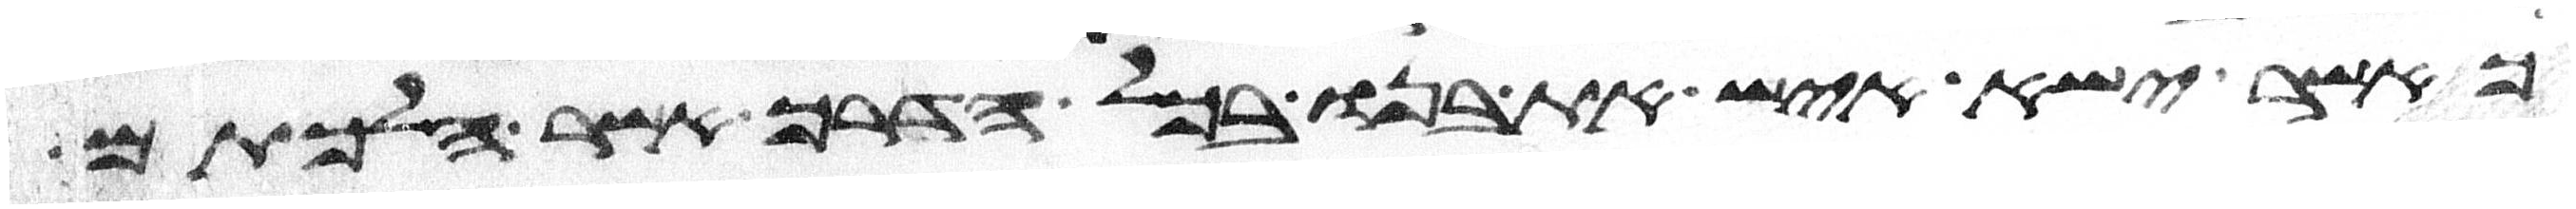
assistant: כאשר ישא איש את בנו בכל הדרך אשר הלכתם